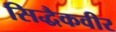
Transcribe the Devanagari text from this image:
सिद्धैकवीर